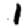
Digit: 1